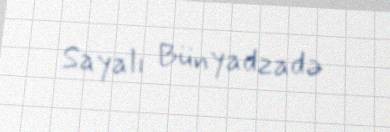
Sayalı Bünyadzadə